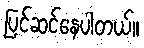
ပြင်ဆင်နေပါတယ်။